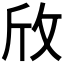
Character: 𪯱